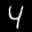
Digit: 4